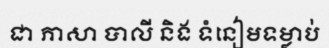
ជា ភាសា បាលី និង ទំនៀមទម្លាប់